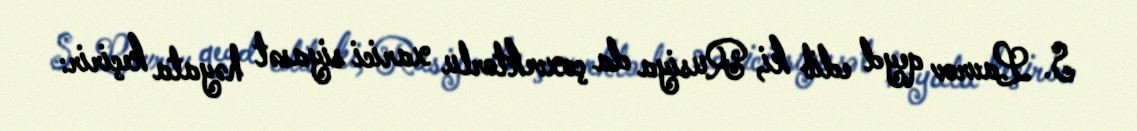
S. Lavrov qeyd edib ki, Rusiya da çoxvektorlu xarici siyasət həyata keçirir: